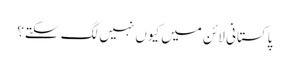
پاکستانی لائن میں کیوں نہیں لگ سکتے؟